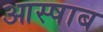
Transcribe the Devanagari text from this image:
आस्षाब